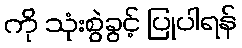
ကို သုံးစွဲခွင့် ပြုပါရန်